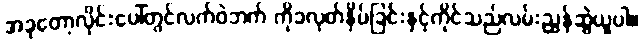
အခုတော့လိုင်းပေါ်တွင်လက်ဝဲဘက် ကိုခလုတ်နှိပ်ခြင်းနှင့်ကိုင်သည်လမ်းညွှန်ဆွဲယူပါ။